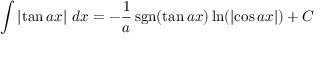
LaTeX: \int \left| \tan { a x } \right| \, d x = - { \frac { 1 } { a } } \operatorname { s g n } ( \tan { a x } ) \ln ( \left| \cos { a x } \right| ) + C